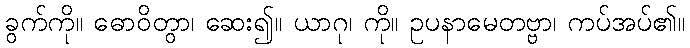
ခွက်ကို။ ဓောဝိတွာ၊ ဆေး၍။ ယာဂု၊ ကို။ ဥပနာမေတဗ္ဗာ၊ ကပ်အပ်၏။